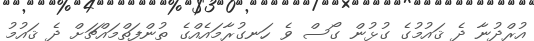
އުރްދުނާ ދެ ޤައުމުގެ ގުޅުން ގޯސް ވެ ހަނގުރާމައެއްގެ ތުންފަތްމައްޗަށް ދެ ޤައުމު